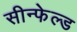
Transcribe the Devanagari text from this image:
सीन्फेल्ड